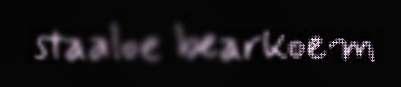
staaloe bearkoem